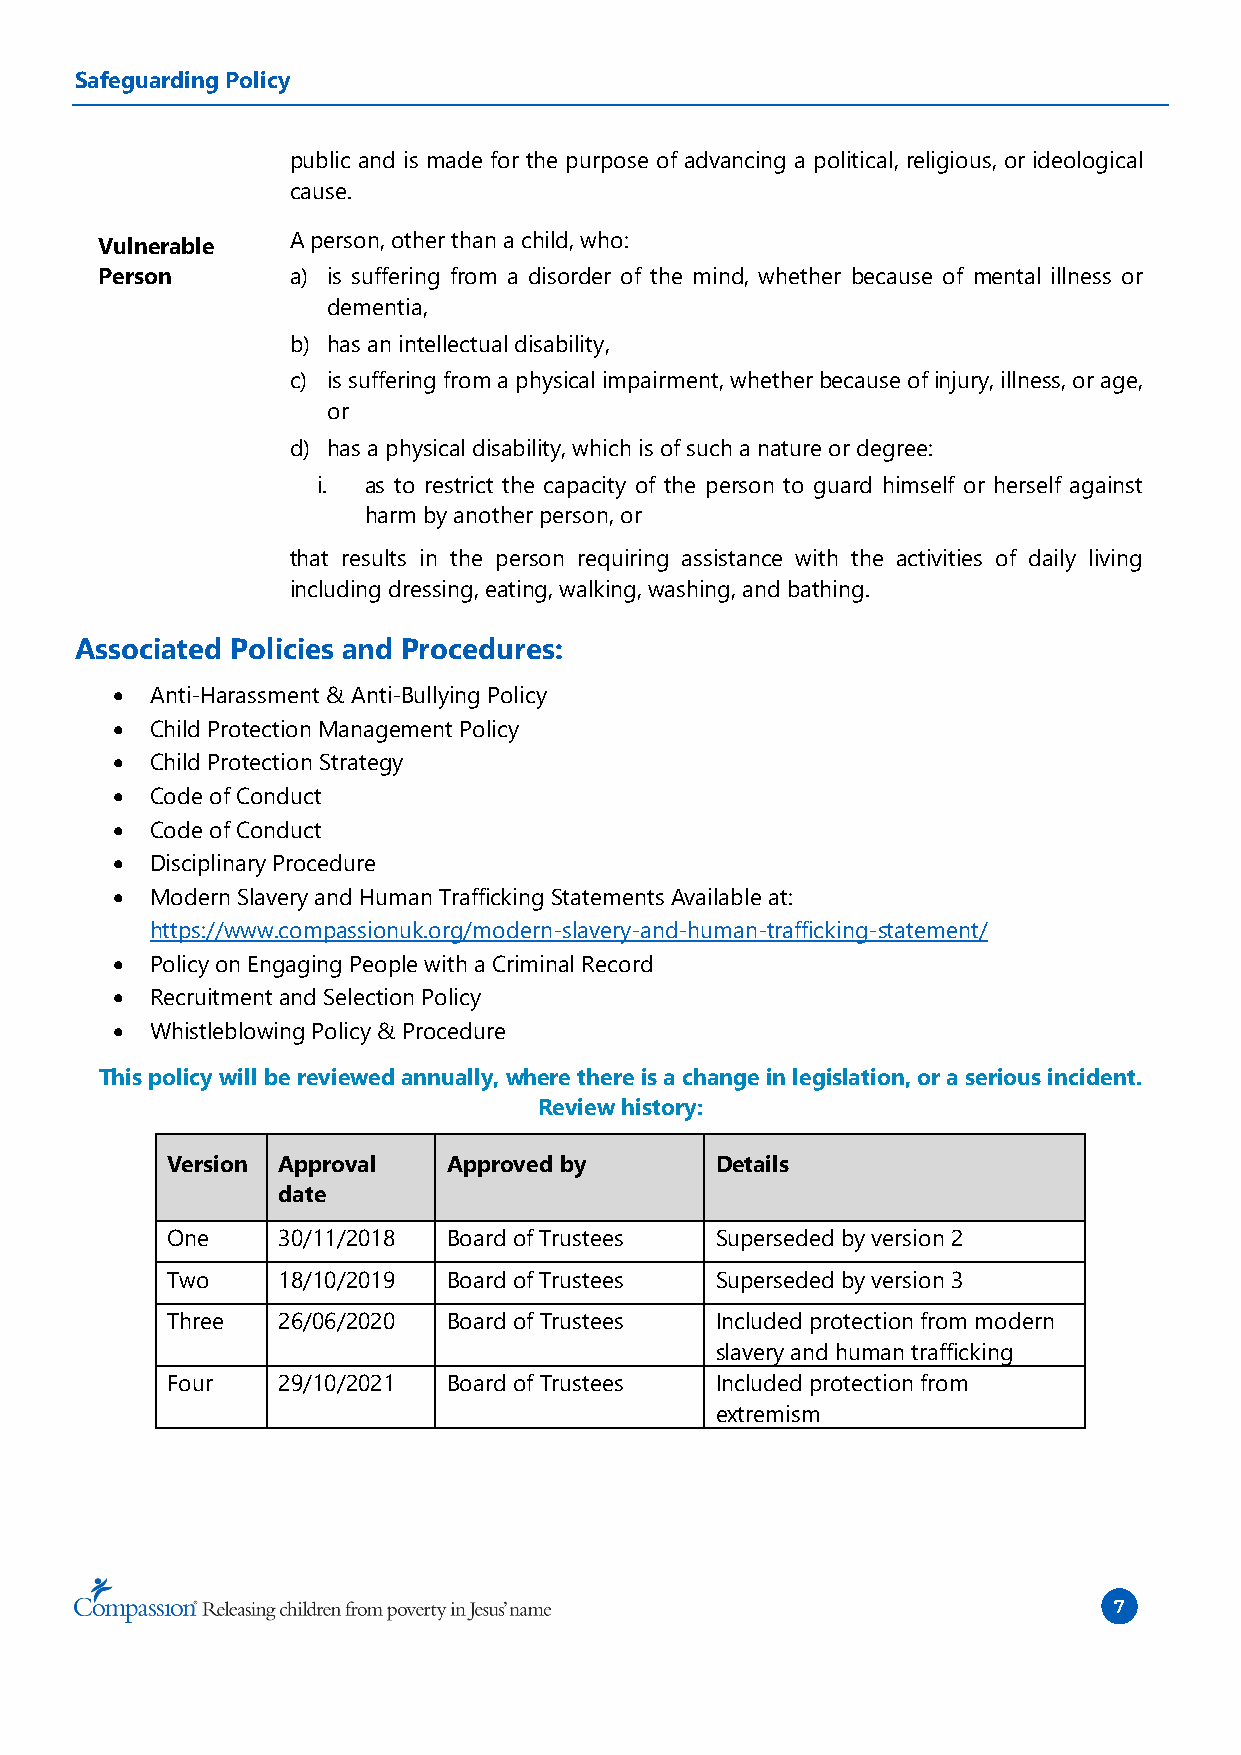
Safeguarding Policy
 public and is made for the purpose of advancing a political, religious, or ideological
 cause.
 A person, other than a child, who:
 Vulnerable
 Person       a) is suffering from a disorder of the mind, whether because of mental illness or
 dementia,
 b) has an intellectual disability,
 c) is suffering from a physical impairment, whether because of injury, illness, or age,
 or
 d) has a physical disability, which is of such a nature or degree:
 i. as to restrict the capacity of the person to guard himself or herself against
 harm by another person, or
 that results in the person requiring assistance with the activities of daily living
 including dressing, eating, walking, washing, and bathing.
 Associated Policies and Procedures:
 •  Anti-Harassment & Anti-Bullying Policy
 •  Child Protection Management Policy
 •  Child Protection Strategy
 •  Code of Conduct
 •  Code of Conduct
 •  Disciplinary Procedure
 •  Modern Slavery and Human Trafficking Statements Available at:
 https://www.compassionuk.org/modern-slavery-and-human-trafficking-statement/
 •  Policy on Engaging People with a Criminal Record
 •  Recruitment and Selection Policy
 •  Whistleblowing Policy & Procedure
 This policy will be reviewed annually, where there is a change in legislation, or a serious incident.
 Review history:
 Version Approval   Approved by      Details
 date
 One    30/11/2018  Board of Trustees Superseded by version 2
 Two    18/10/2019  Board of Trustees Superseded by version 3
 Three  26/06/2020  Board of Trustees Included protection from modern
 slavery and human trafficking
 Four   29/10/2021  Board of Trustees Included protection from
 extremism
 7